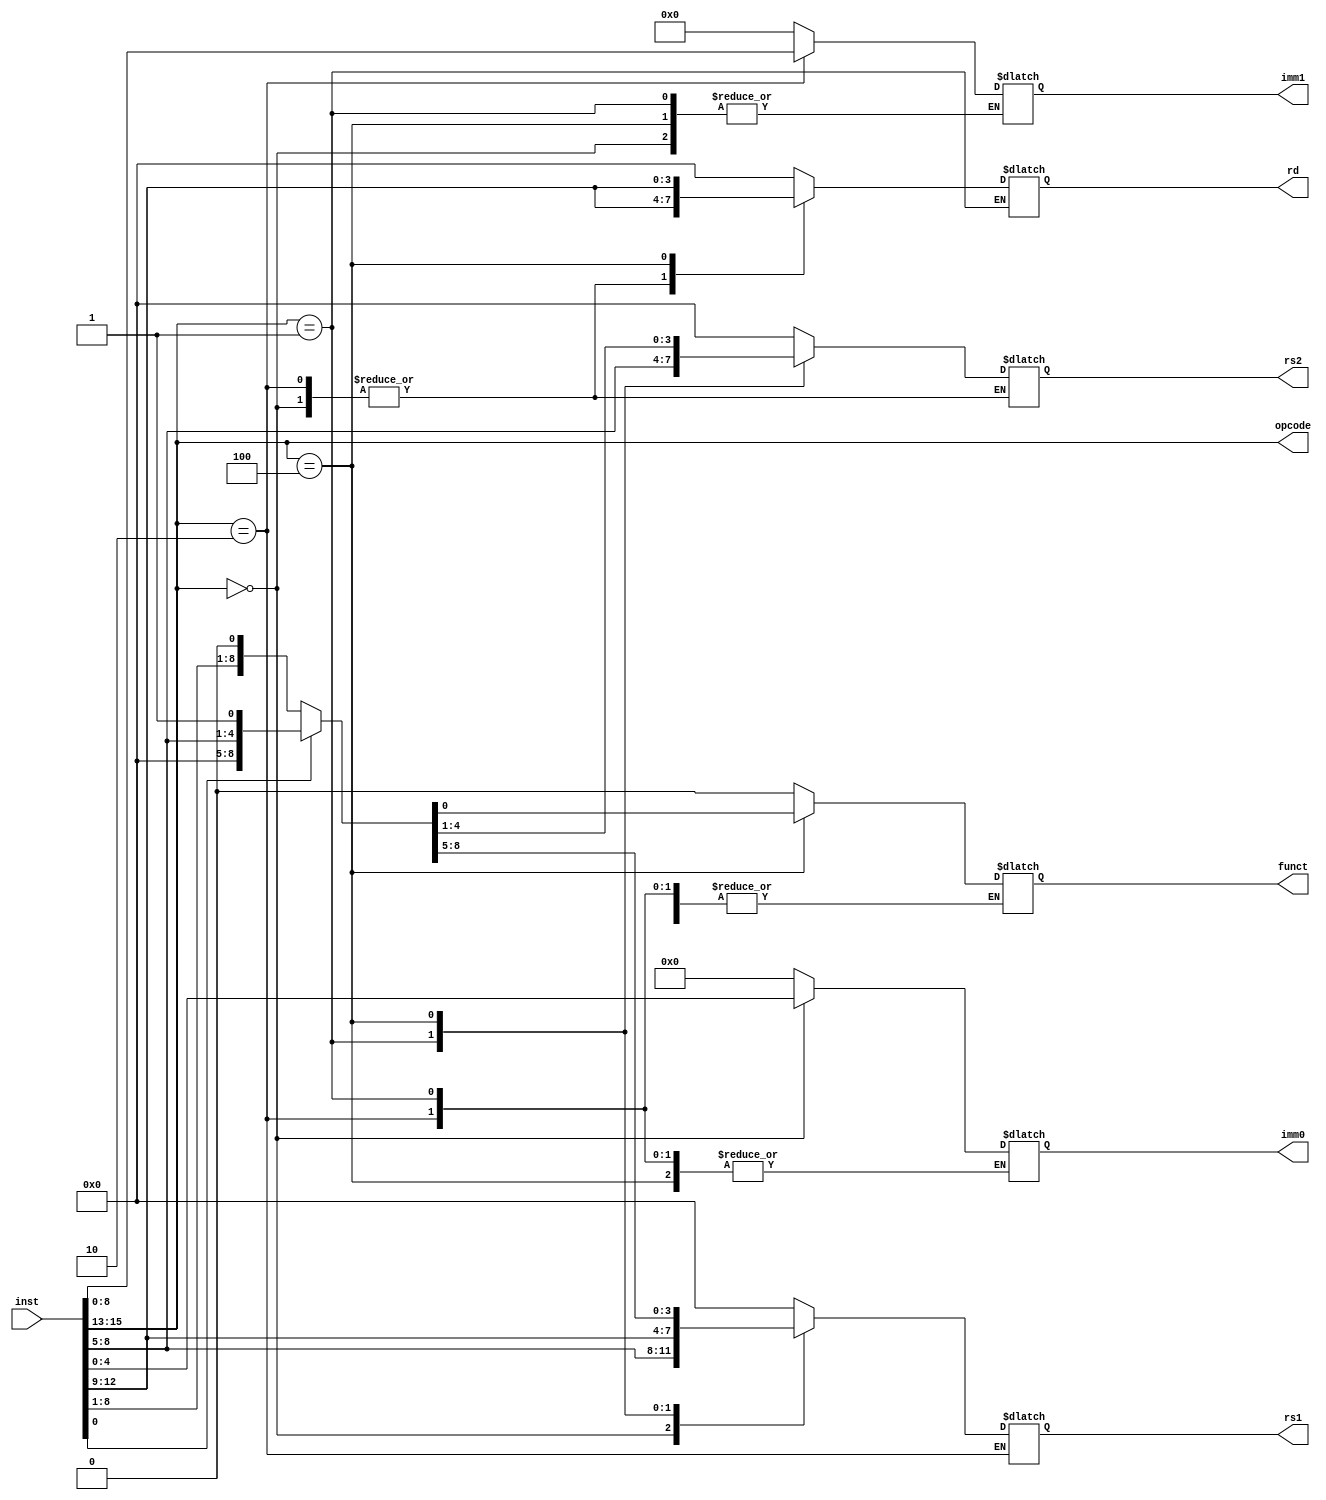
module decoder#(
parameter ISA_WIDTH = 16,
parameter REG_ADDR_WIDTH = 4,
parameter OPCODE_WIDTH = 3,
parameter IMM_WIDTH0 = 5,
parameter IMM_WIDTH1 = 9
)(
input [ISA_WIDTH-1:0]					inst		,
output reg[REG_ADDR_WIDTH-1:0]rd			,
output reg[REG_ADDR_WIDTH-1:0]rs1			,
output reg[REG_ADDR_WIDTH-1:0]rs2			,
output reg[IMM_WIDTH0-1:0]		imm0		,
output reg[IMM_WIDTH1-1:0]		imm1		,
output reg 										funct		,
output reg[OPCODE_WIDTH-1:0]	opcode
);

parameter  LOAD 	= 3'b000;
parameter  STORE 	= 3'b001;
parameter  MOV 		= 3'b010;
parameter  MAC 		= 3'b100;

assign opcode = inst[ISA_WIDTH-1:ISA_WIDTH-3];

always @(*)begin
	case(opcode)
		LOAD 		:{rd,rs1,imm0} 								= inst[ISA_WIDTH-4:0];
		STORE		:{rs1,rs2}										= inst[ISA_WIDTH-4:ISA_WIDTH-11];
		MOV 		:{rd,imm1}										= inst[ISA_WIDTH-4:0];
		MAC 		:{rd,rs1,rs2,funct} = (inst[0] == 1'b0)? inst[ISA_WIDTH-4:0] : {inst[ISA_WIDTH-4:ISA_WIDTH-7], 4'b0000, inst[ISA_WIDTH-8:ISA_WIDTH-11], inst[0]};
		default	:{rd,rs1,rs2,imm0,imm1,funct} = {0,0,0,0,0,0};
	endcase
end

endmodule